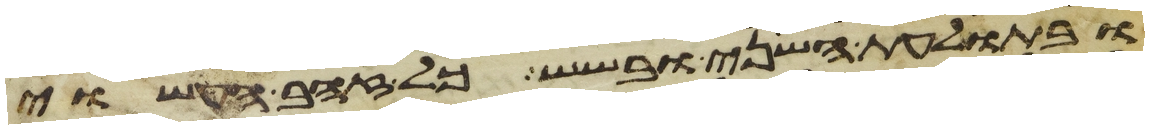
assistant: ובתולעת השני ובשש כל זהב העשוי